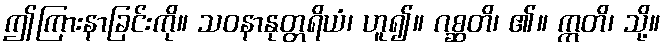
ဤကြားနာခြင်းကို။ သဝနာနုတ္တရိယံ၊ ဟူ၍။ ဂစ္ဆတိ၊ ၏။ ဣတိ၊ သို့။